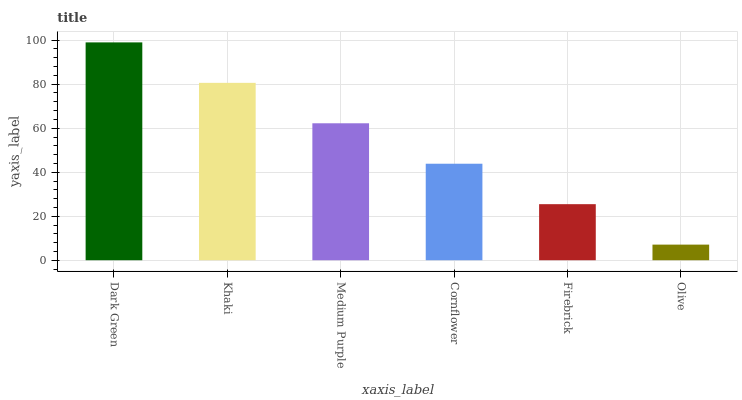
| xaxis_label | bars |
 | --- | --- |
 | Dark Green | 99 |
 | Khaki | 80.6 |
 | Medium Purple | 62.2 |
 | Cornflower | 43.9 |
 | Firebrick | 25.5 |
 | Olive | 7.1 |